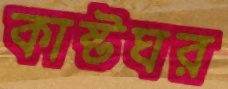
কাষ্টঘর